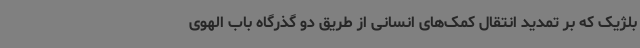
بلژیک که بر تمدید انتقال کمک‌های انسانی از طریق دو گذرگاه باب الهوی